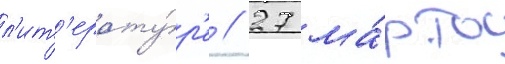
л'ит'ерату́р'е // 27 ма́рта